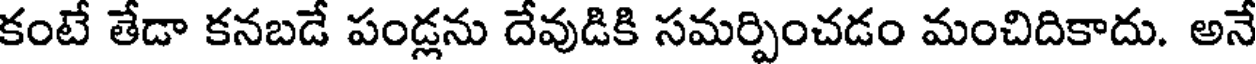
కంటే తేడా కనబడే పండ్లను దేవుడికి సమర్పించడం మంచిదికాదు. అనే